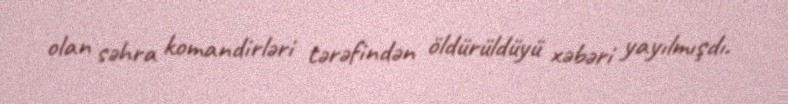
olan səhra komandirləri tərəfindən öldürüldüyü xəbəri yayılmışdı.